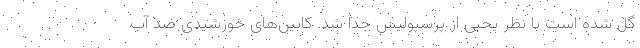
گل شده است با نظر یحیی از پرسپولیس جدا شد. کابین‌های خورشیدی ضد آب